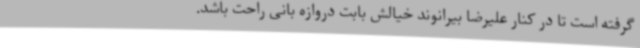
گرفته است تا در کنار علیرضا بیرانوند خیالش بابت دروازه بانی راحت باشد.